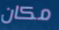
مكان